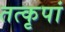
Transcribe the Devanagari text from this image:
तत्कृपां